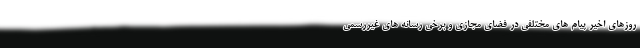
روزهای اخیر پیام های مختلفی در فضای مجازی و برخی رسانه های غیررسمی